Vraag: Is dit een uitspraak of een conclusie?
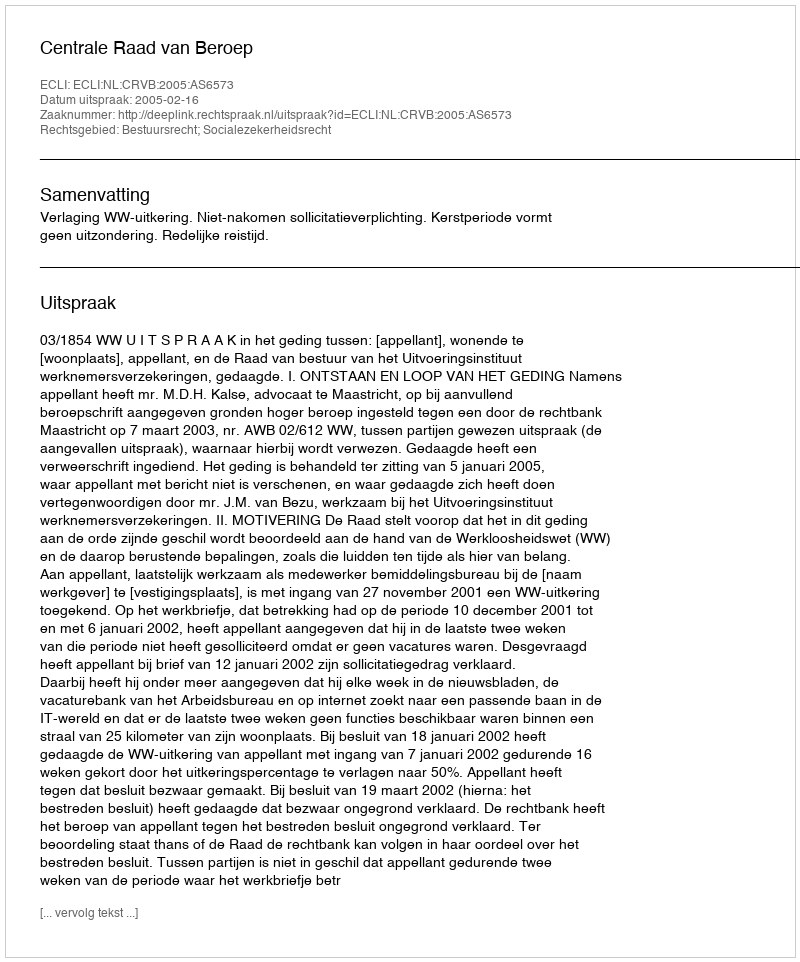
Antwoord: Uitspraak